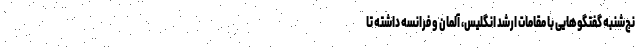
نج‌شنبه گفتگو‌هایی با مقامات ارشد انگلیس، آلمان و فرانسه داشته تا